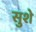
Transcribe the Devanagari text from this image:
सुशे